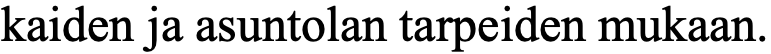
kaiden ja asuntolan tarpeiden mukaan.